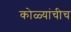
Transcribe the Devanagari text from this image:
कोळ्यांचीच